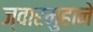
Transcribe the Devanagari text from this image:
ज्वारमुहाने